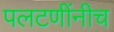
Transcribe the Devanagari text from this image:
पलटणींनीच